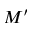
M ^ { \prime }